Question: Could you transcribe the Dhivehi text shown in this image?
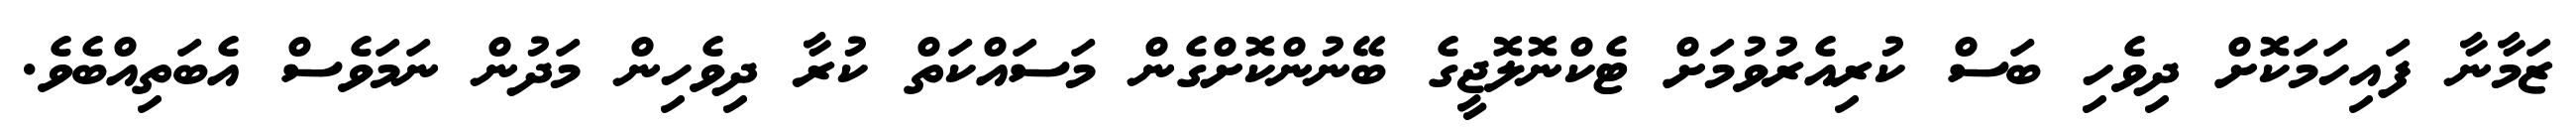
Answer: ޒަމާނާ ފައިހަމަކޮށް ދިވެހި ބަސް ކުރިއެރުވުމަށް ޓެކްނޮލޮޖީގެ ބޭނުންކޮށްގެން މަސައްކަތް ކުރާ ދިވެހިން މަދުން ނަމަވެސް އެބަތިއްބެވެ.